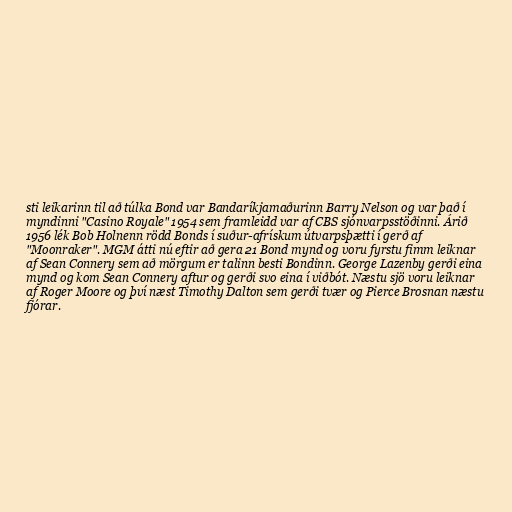
sti leikarinn til að túlka Bond var Bandaríkjamaðurinn Barry Nelson og var það í
myndinni "Casino Royale" 1954 sem framleidd var af CBS sjónvarpsstöðinni. Árið
1956 lék Bob Holnenn rödd Bonds í suður-afrískum útvarpsþætti í gerð af
"Moonraker". MGM átti nú eftir að gera 21 Bond mynd og voru fyrstu fimm leiknar
af Sean Connery sem að mörgum er talinn besti Bondinn. George Lazenby gerði eina
mynd og kom Sean Connery aftur og gerði svo eina í viðbót. Næstu sjö voru leiknar
af Roger Moore og því næst Timothy Dalton sem gerði tvær og Pierce Brosnan næstu
fjórar.